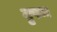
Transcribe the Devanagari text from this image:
वृषम